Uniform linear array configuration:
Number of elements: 16
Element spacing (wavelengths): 1
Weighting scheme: cosine
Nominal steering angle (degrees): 30
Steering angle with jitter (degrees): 31.591
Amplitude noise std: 0.05
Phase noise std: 0.05

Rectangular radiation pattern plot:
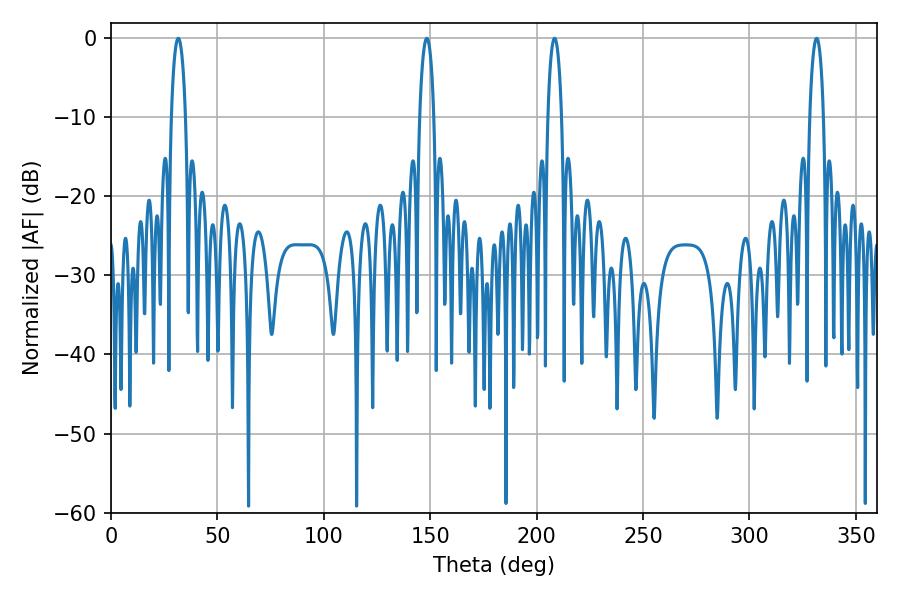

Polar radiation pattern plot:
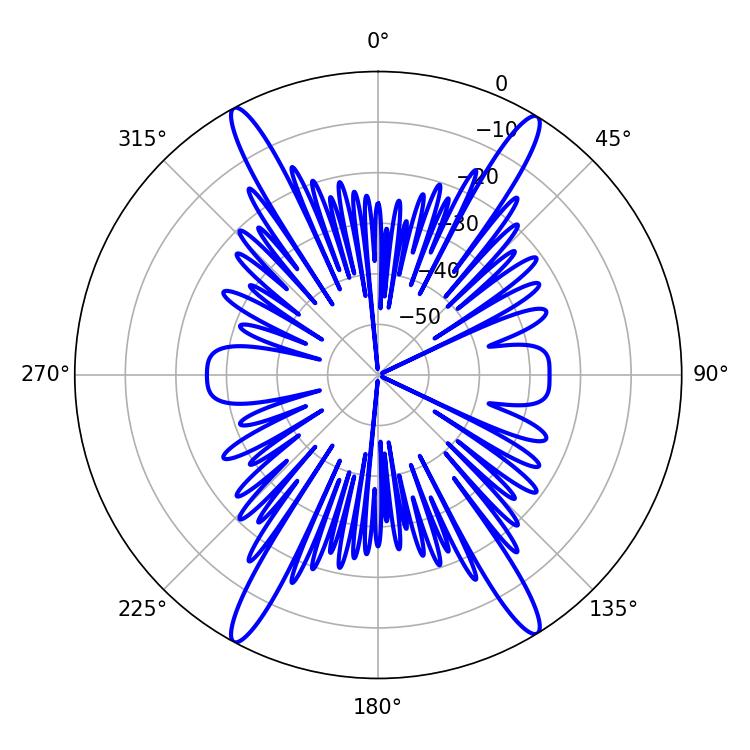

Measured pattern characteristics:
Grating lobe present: TRUE
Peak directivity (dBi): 22.966
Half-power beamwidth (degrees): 3.6
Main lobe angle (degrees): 208.44